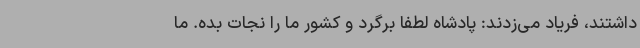
داشتند، فریاد می‌زدند: پادشاه لطفا برگرد و کشور ما را نجات بده. ما